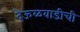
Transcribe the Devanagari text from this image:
देऊळवाडीची